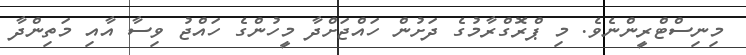
މިނިސްޓްރީންނެވެ. މި ޕްރޮގްރާމުގެ ދަށުން ހައްޖަށްދާ މީހުންގެ ހައްޖު ވިސާ އާއި މަތިންދާ